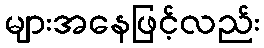
များအနေဖြင့်လည်း